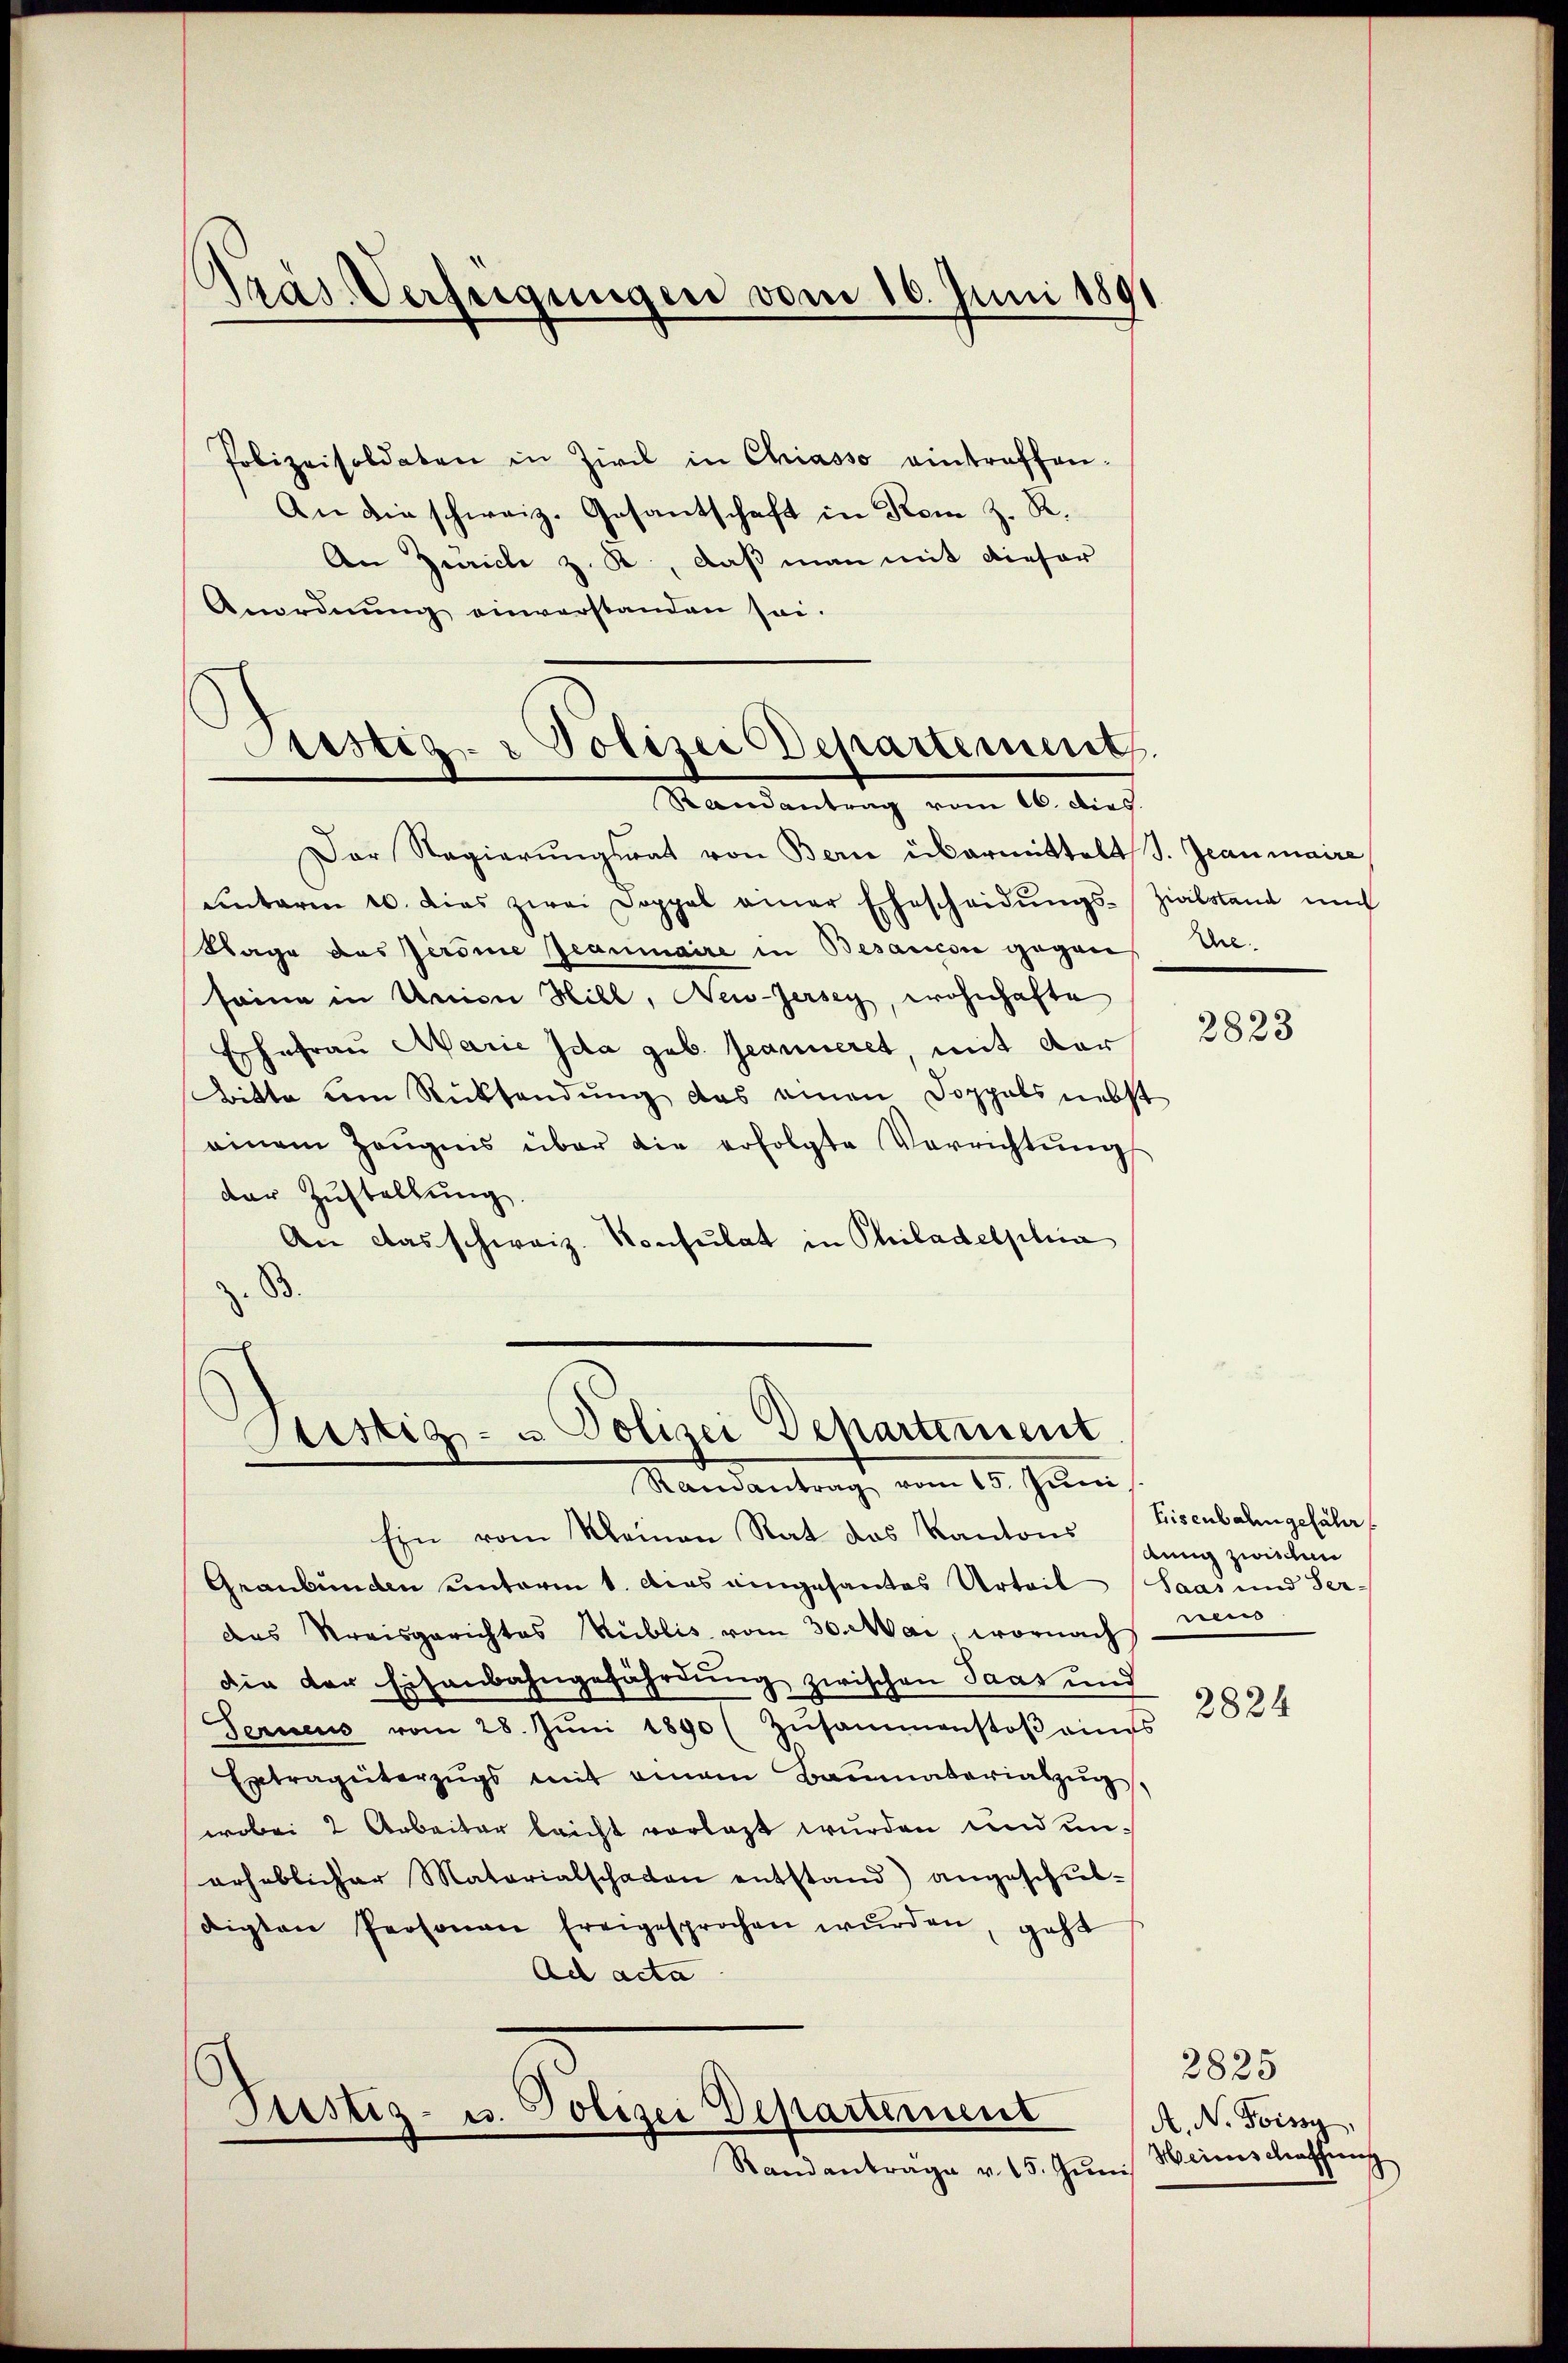
Pras Verfügungen vom 16. Juni 1891

Polizeisoldaten in Zivil in Chiasso eintreffen-
An die schweiz. Gesantschaft in Rom z. R.
An Zürich z. R., daß man mit dieser
Anordnŭng einverstanden sei.

Sistiz- & Polizei Departement
Randantrag vom 16. dies

Der Regierŭngsrat von Bern übermittelt J. Jeanmaire
unterm 20. dies zwei Doppel einer Ehescheidŭngs-Zialstand un
Sage des Persie geanmaire in Besaucon gegen Ehe-
seine in Union Hill, New-Jersey, wohnhafte
Ehefrau Marie Ida geb. Jeanneret, mit der
Bitte dem Rücksendung das einen Doppels nebst
einem Zeŭgnis über die erfolgte Verrichtŭng
der Zustellung
An das schweiz. Konsulat in Philadelphia
B.

Ristig- u Polizei Departement
Randantrag vom 15. Juni

.
Justiz- u. Polizei Departement

Standanträge v. 15. Jun

Ein vom Kleinen Rat das Kantons
Graubünden unterm 1. Das eingesantes Urteil (Saas und Serdas Kreisgerichtes Rublis vom 30. Mai, wornach
die der Eisenbahngefährdung zwischen Paas und
Teruens vom 28. Jŭni 1890 (Zŭsammenstoβ eines
Extragüterzŭgs mit einem Baumateriabzŭg
wobei 2 Arbeiter leicht vorlast wurden und unerheblicher Materialschaden entstand) angeschŭl-
digten Personen freigesprochen wŭrden, geht
Ad acta

2823

Eisenbahngefähr
dung zwischen
nen
2824

2825
A. N. Toissy
Heinschaffung